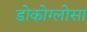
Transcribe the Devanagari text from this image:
डोकोग्लोसा